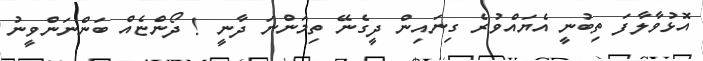
އޮޅުވާލާފަ ތިބުނީ އެޔައްވުރެ ގިނައިން ދީގެނޭ ތިމަންނަ ދާނީ ! ދޯންޏެއް ބަންނަންވީނު